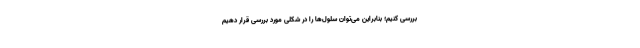
بررسی کنیم؛ بنابراین می‌توان سلول‌ها را در شکلی مورد بررسی قرار دهیم